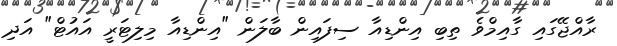
ރާއްޖޭގައި ގާއިމްވެ ތިބި އިންޑިއާ ސިފައިން ބާލަން "އިންޑިއާ މިލިޓަރީ އައުޓް" އަދި